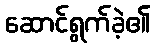
ဆောင်ရွက်ခဲ့၏